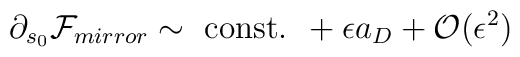
\partial_{s_0}{\cal F}_{mirror}\sim\mbox{ const. }+\epsilon a_{D} +{\cal O}(\epsilon^2)